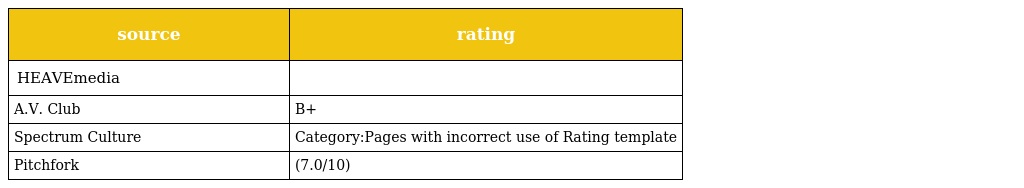
| source | rating |
 | --- | --- |
 | HEAVEmedia |  |
 | A.V. Club | B+ |
 | Spectrum Culture | Category:Pages with incorrect use of Rating template |
 | Pitchfork | (7.0/10) |